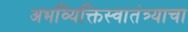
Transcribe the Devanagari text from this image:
अभव्यिक्तिस्वातंत्र्याचा